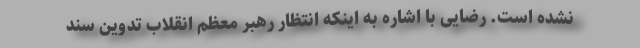
نشده است. رضایی با اشاره به اینکه انتظار رهبر معظم انقلاب تدوین سند